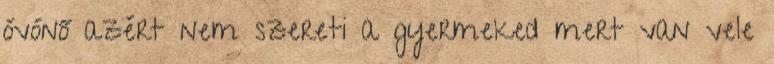
óvónő azért nem szereti a gyermeked mert van vele